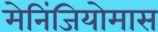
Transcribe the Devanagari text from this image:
मेनिंजियोमास